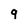
Character: 9